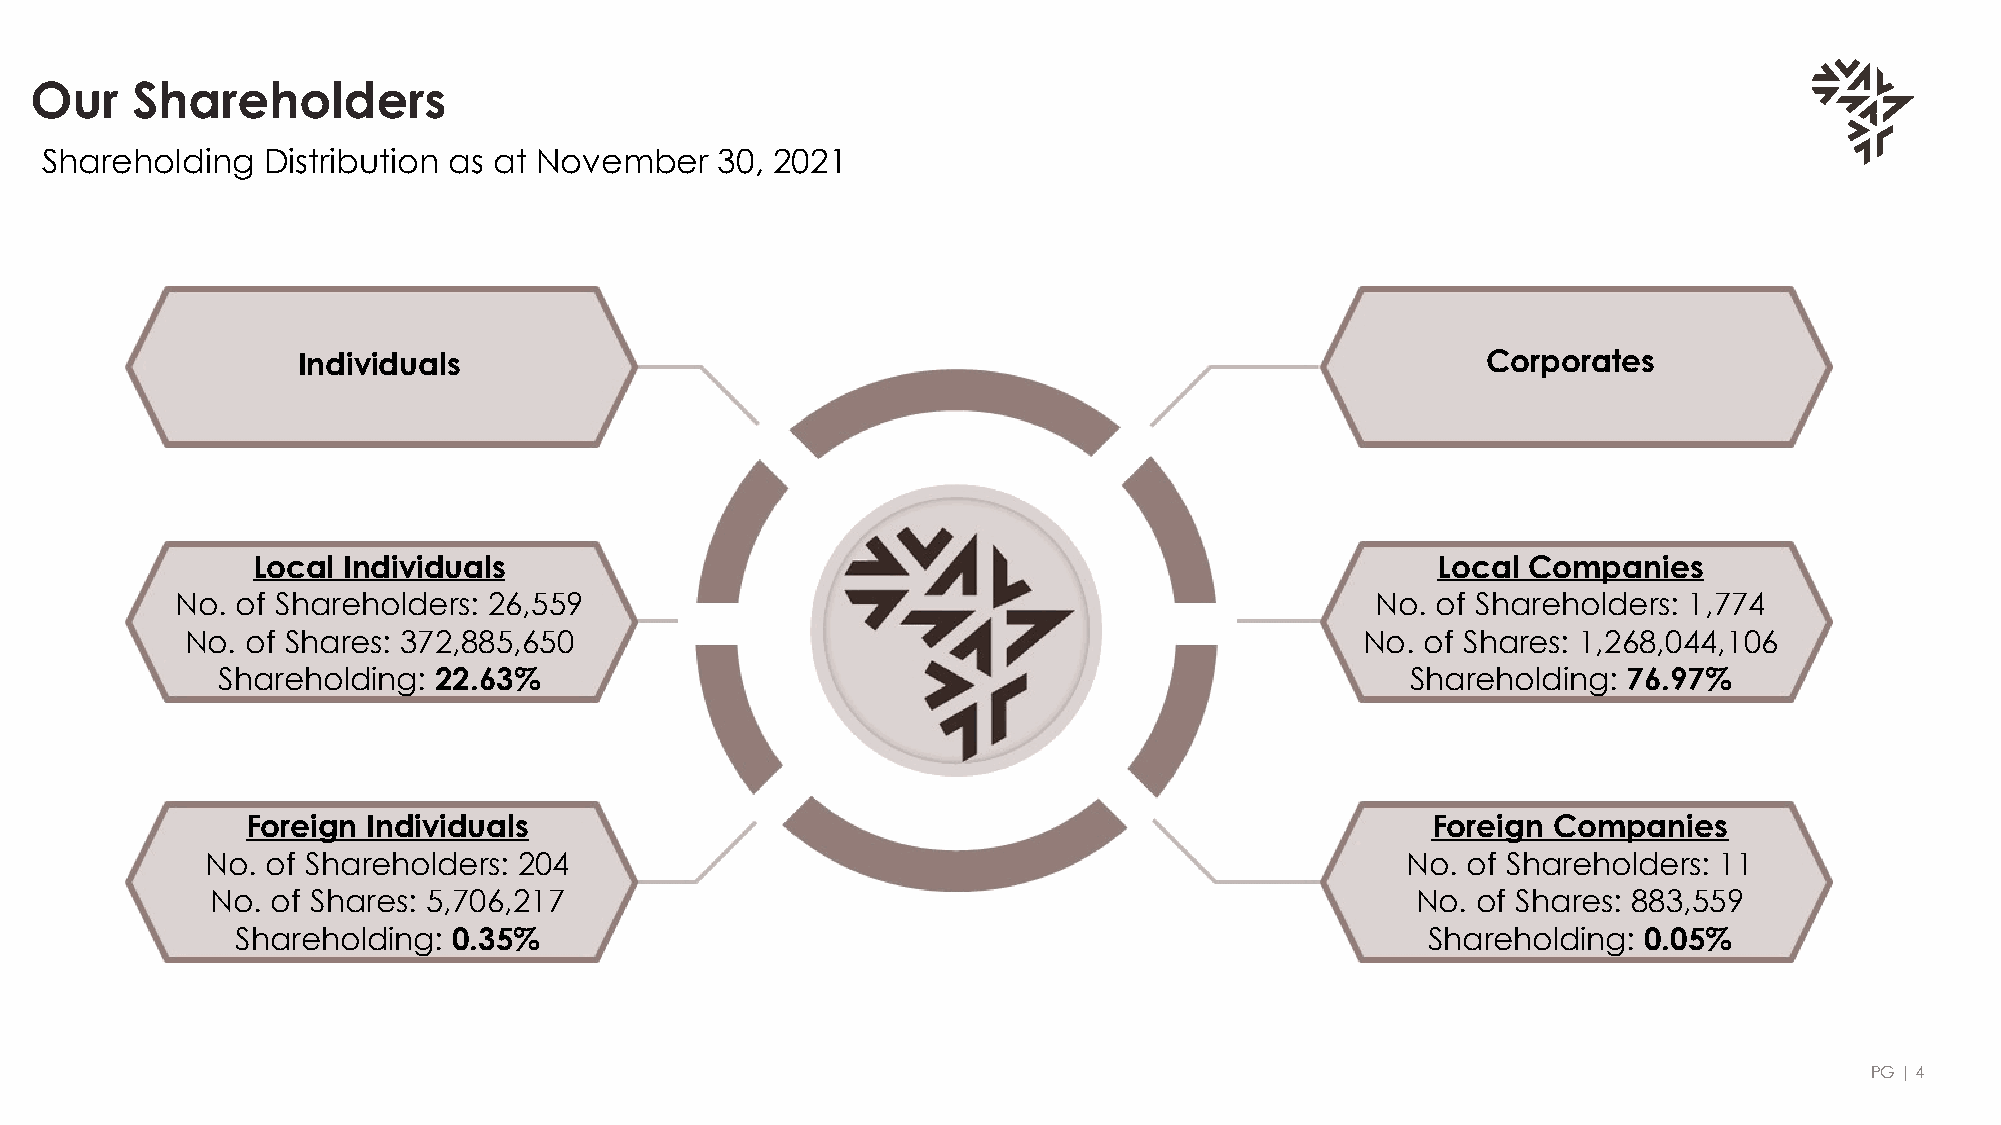
Our    Shareholders
 Shareholding  Distribution as at November    30, 2021
 Individuals                                                                   Corporates
 Local Individuals                                                             Local Companies
 No. of Shareholders: 26,559                                                    No. of Shareholders: 1,774
 No. of Shares: 372,885,650                                                    No. of Shares: 1,268,044,106
 Shareholding:  22.63%                                                          Shareholding:  76.97%
 Foreign Individuals                                                            Foreign Companies
 No. of Shareholders: 204                                                       No. of Shareholders: 11
 No. of Shares: 5,706,217                                                        No. of Shares: 883,559
 Shareholding: 0.35%                                                           Shareholding:  0.05%
 PG |4